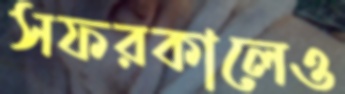
সফরকালেও